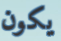
يكون